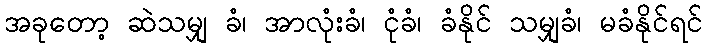
အခုတော့ ဆဲသမျှ ခံ၊ အာလုံးခံ၊ ငုံခံ၊ ခံနိုင် သမျှခံ၊ မခံနိုင်ရင်